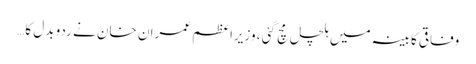
وفاقی کابینہ میں ہلچل مچ گئی ، وزیراعظم عمران خان نے ردو بدل کا…